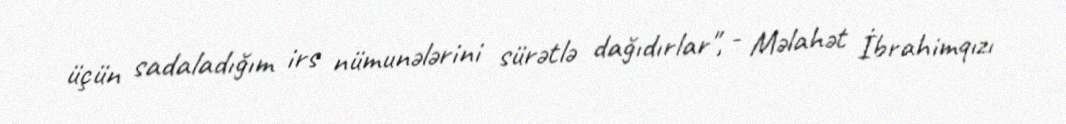
üçün sadaladığım irs nümunələrini sürətlə dağıdırlar", - Məlahət İbrahimqızı